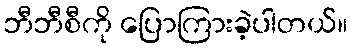
ဘီဘီစီကို ပြောကြားခဲ့ပါတယ်။